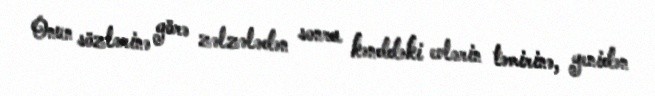
Onun sözlərinə görə zəlzələdən sonra kənddəki evlərin təmirinə, yenidən